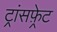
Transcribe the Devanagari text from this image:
ट्रांसफ़्रेट